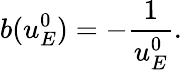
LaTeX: b(u_{E}^{0})=-\frac{1}{u_{E}^{0}}.